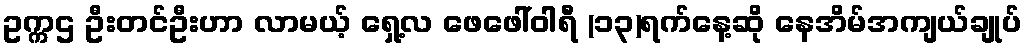
ဥက္ကဌ ဦးတင်ဦးဟာ လာမယ့် ရှေ့လ ဖေဖေါ်ဝါရီ (၁၃)ရက်နေ့ဆို နေအိမ်အကျယ်ချုပ်